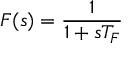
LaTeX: F ( s ) = { \frac { 1 } { 1 + s T _ { F } } }